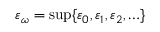
\varepsilon _ { \omega } = \operatorname* { s u p } \{ \varepsilon _ { 0 } , \varepsilon _ { 1 } , \varepsilon _ { 2 } , \ldots \}